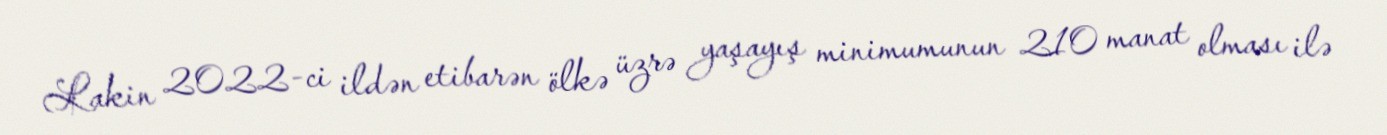
Lakin 2022-ci ildən etibarən ölkə üzrə yaşayış minimumunun 210 manat olması ilə